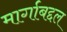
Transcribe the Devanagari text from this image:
मार्गाबद्दल